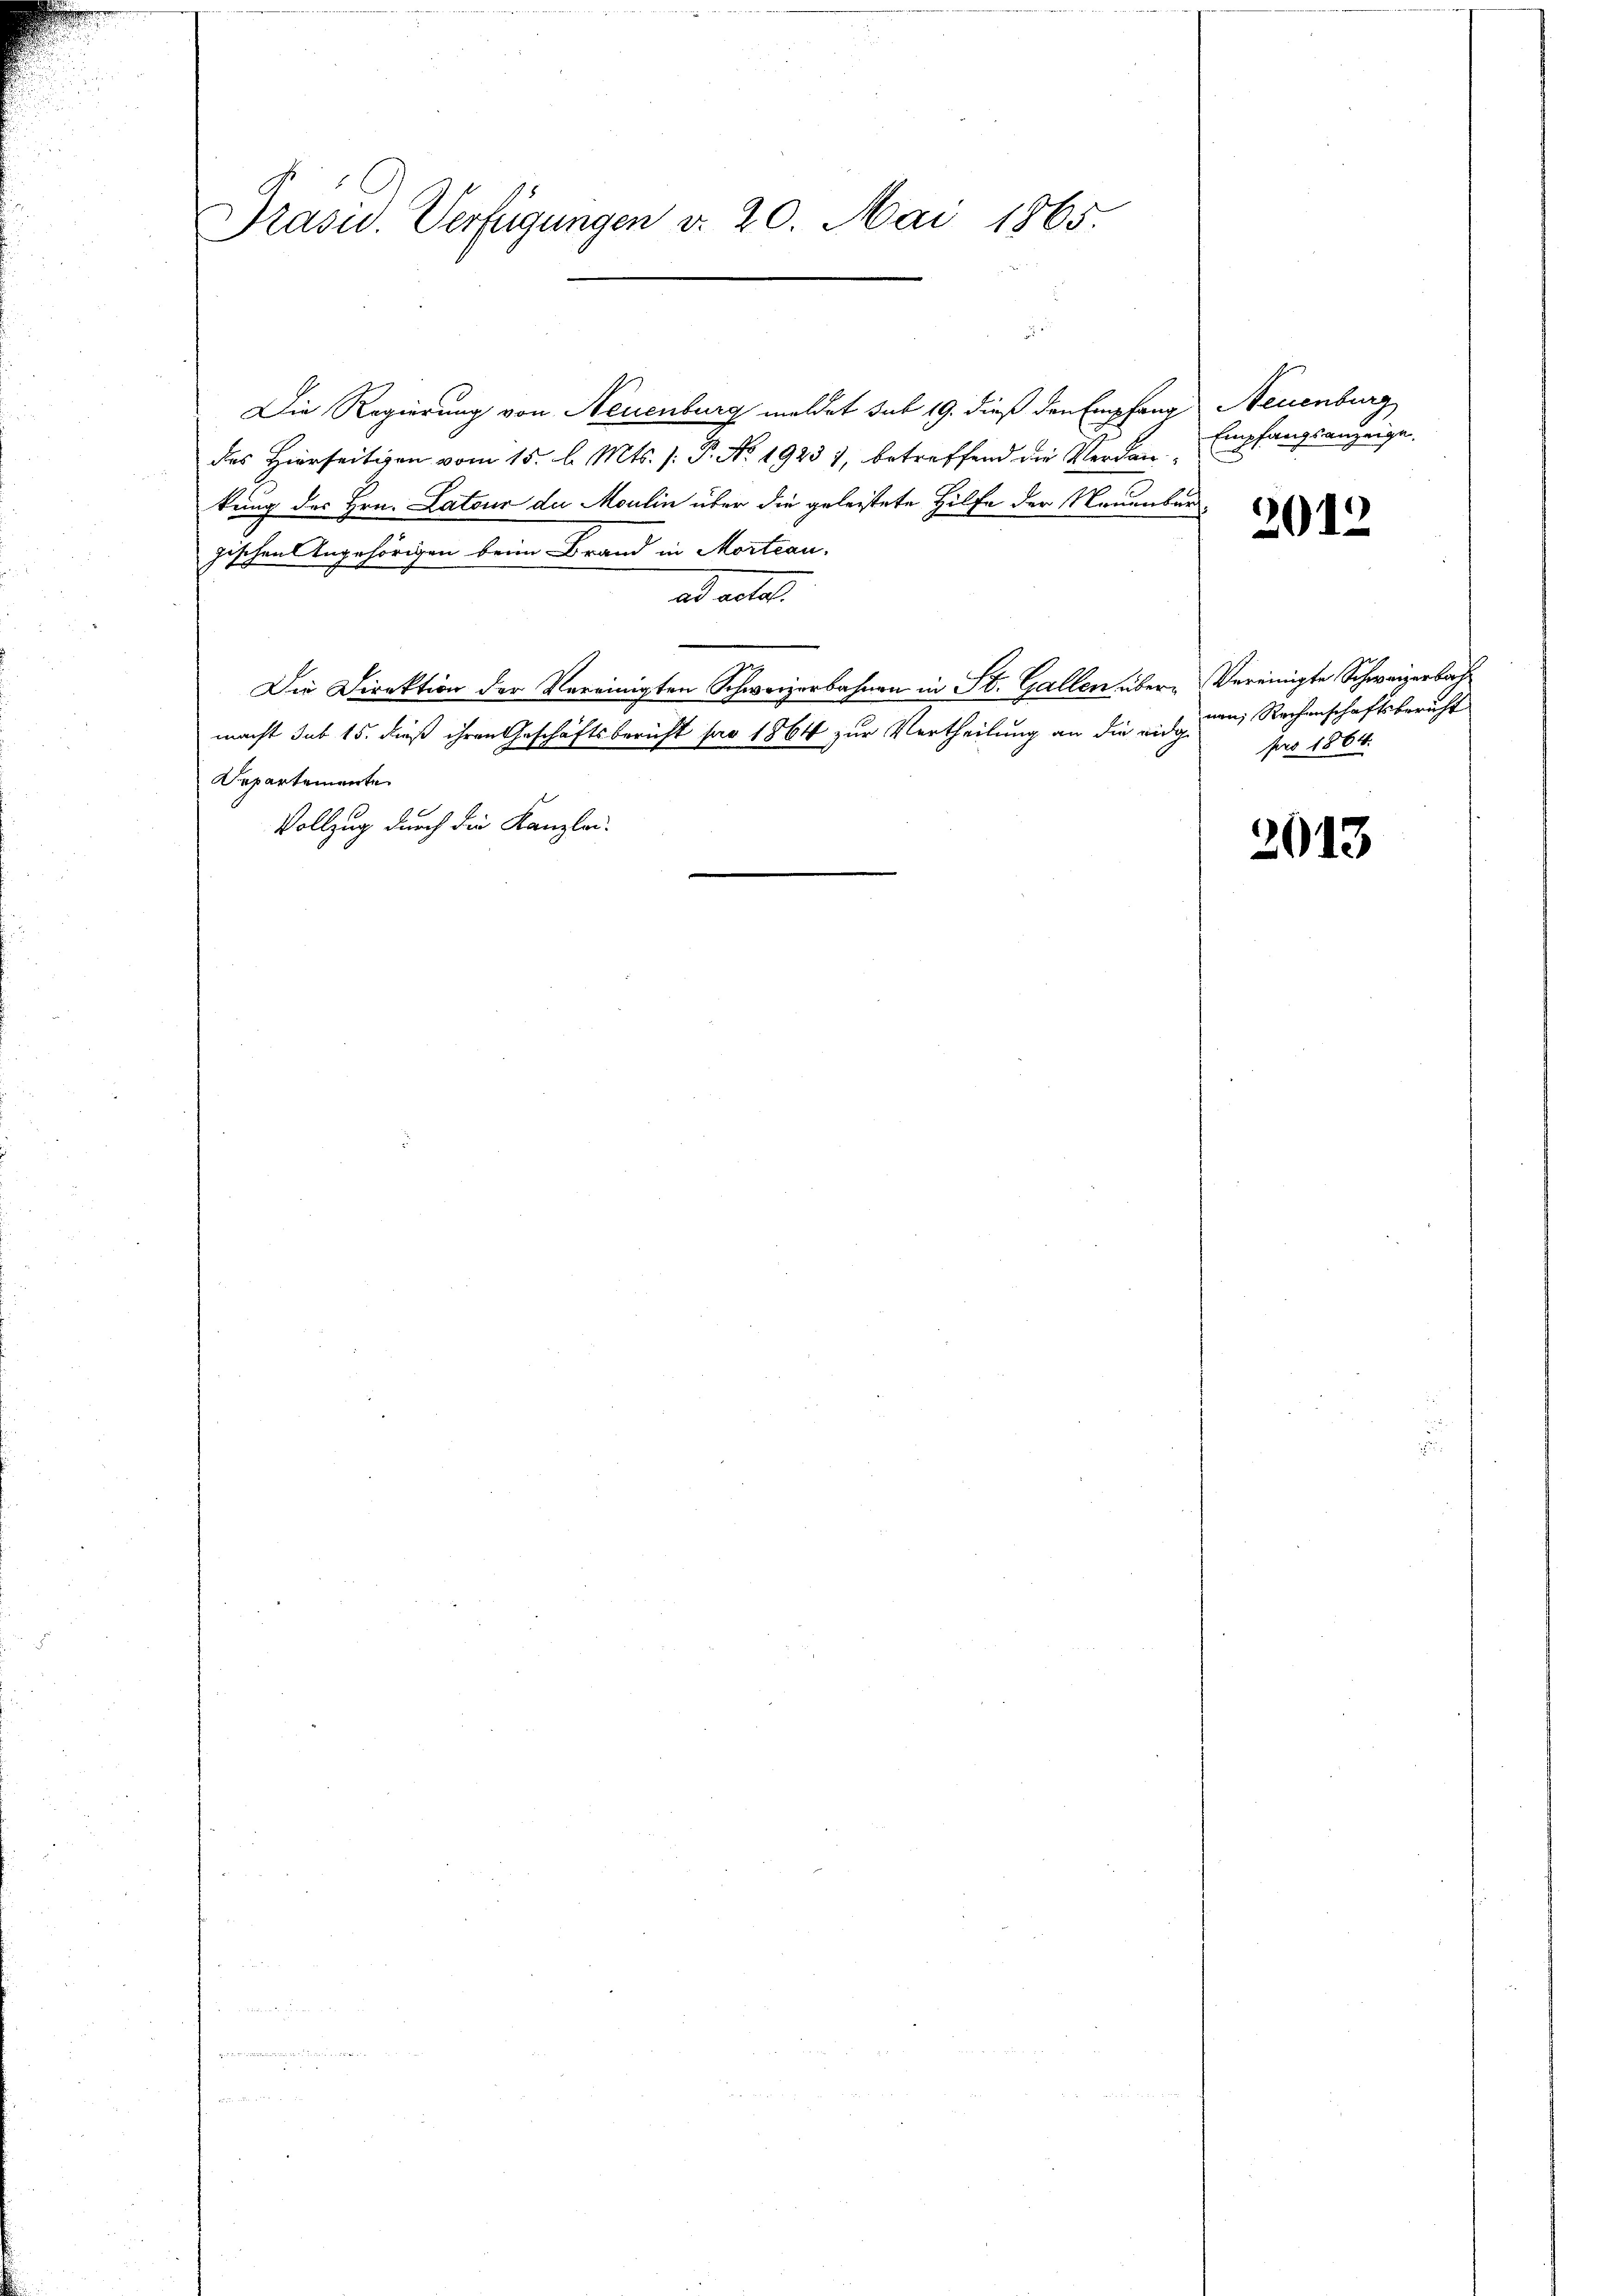
Präsid. Verfügungen d. 20. Mai 1865.

Die Regierung von Neuenburg meldet sub 19. dieß den Empfang Neuenburg
des Hierseitigen vom 15. l. Mts. (: P. No. 19231, betreffend die Verdankung des Hrn. Latour de Moulin über die geleistete Hilfe der Neuenburgischen Angehörigen beim Brand in Mortiau
ad acte.
Die Direktion der Vereinigten Schweizerbahnen in St. Gallen über-Vereinigte Schweizerbach
macht sub 15. dieß ihren Geschäftsbericht pro 1864 zur Vertheilung an die viel um Rechenschaftsbericht
Departemente
Vollzug durch die Kanzlei-

Empfangsanzeige.

2012

pro 1864.

2013